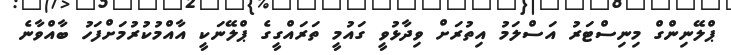
ޕްލޭނިންގް މިނިސްޓަރު އަސްލަމު އިތުރަށް ވިދާޅުވީ ގައުމީ ތަރައްގީގެ ޕްލޭނަކީ އާއްމުކުރުމަށްފަހު ބާއްވާނެ